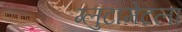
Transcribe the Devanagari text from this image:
ग्लुटामेटला